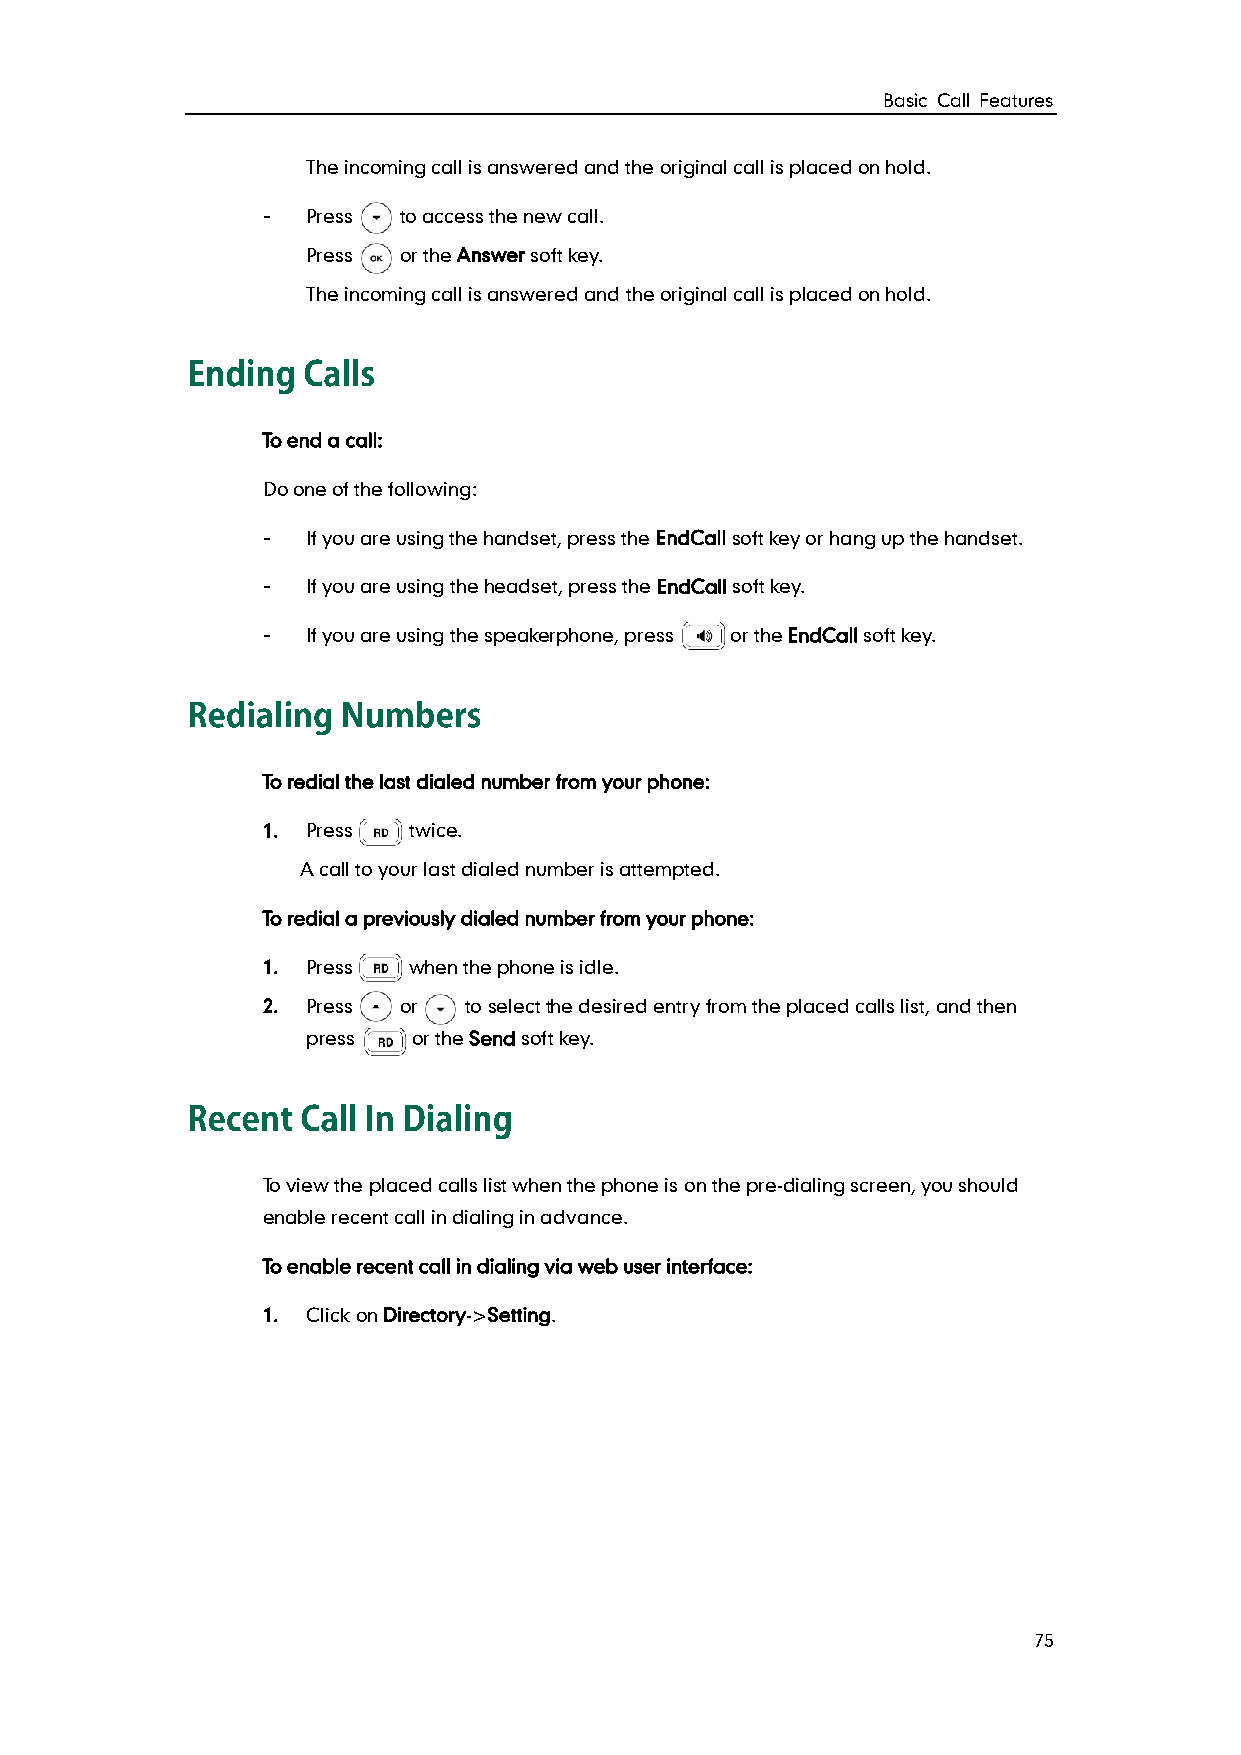
Basic Call Features
 The incoming call is answered and the original call is placed on hold.
 -  Press to access the new call.
 Press or the Answer soft key.
 The incoming call is answered and the original call is placed on hold.
 To end a call:
 Do one of the following:
 -  If you are using the handset, press the EndCall soft key or hang up the handset.
 -  If you are using the headset, press the EndCall soft key.
 -  If you are using the speakerphone, press or the EndCall soft key.
 To redial the last dialed number from your phone:
 1. Press  twice.
 A call to your last dialed number is attempted.
 To redial a previously dialed number from your phone:
 1. Press  when the phone is idle.
 2. Press or   to select the desired entry from the placed calls list, and then
 press  or the Send soft key.
 To view the placed calls list when the phone is on the pre-dialing screen, you should
 enable recent call in dialing in advance.
 To enable recent call in dialing via web user interface:
 1. Click on Directory->Setting.
 75